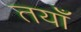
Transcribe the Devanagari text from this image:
तयाँ